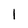
Character: l